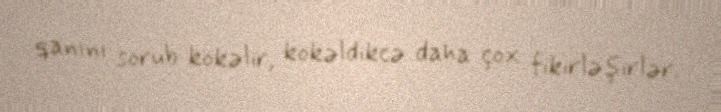
qanını sorub kökəlir, kökəldikcə daha çox fikirləşirlər.